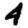
Digit: 4